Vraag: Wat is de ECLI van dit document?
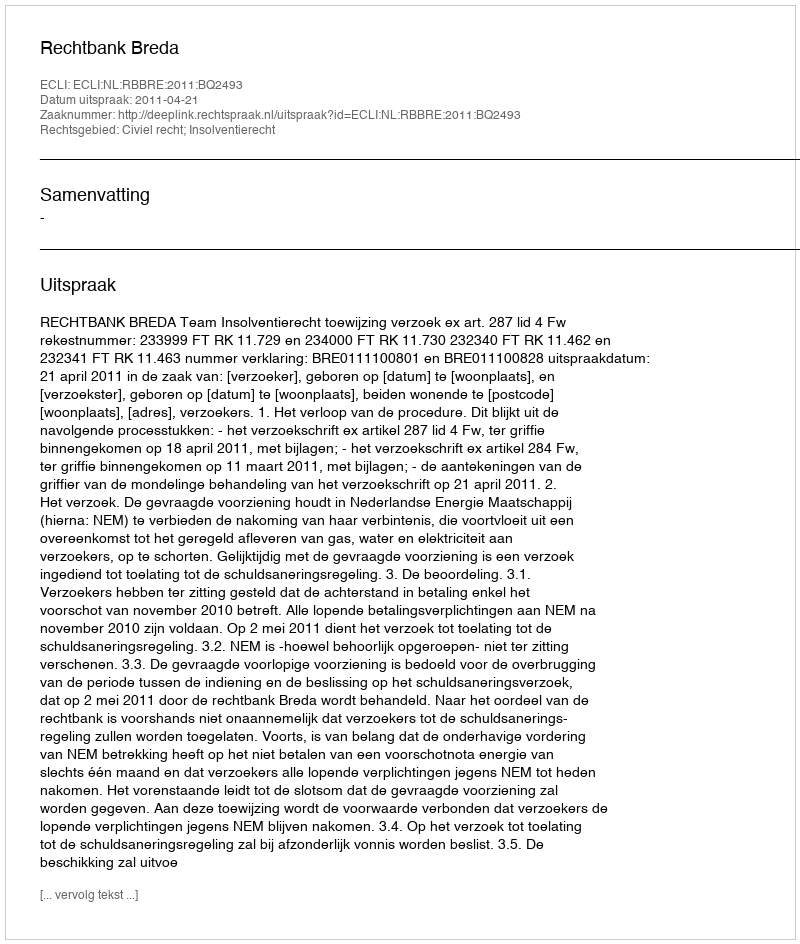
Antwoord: ECLI:NL:RBBRE:2011:BQ2493